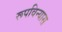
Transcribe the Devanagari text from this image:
रूपविन्यास